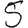
Digit: 5